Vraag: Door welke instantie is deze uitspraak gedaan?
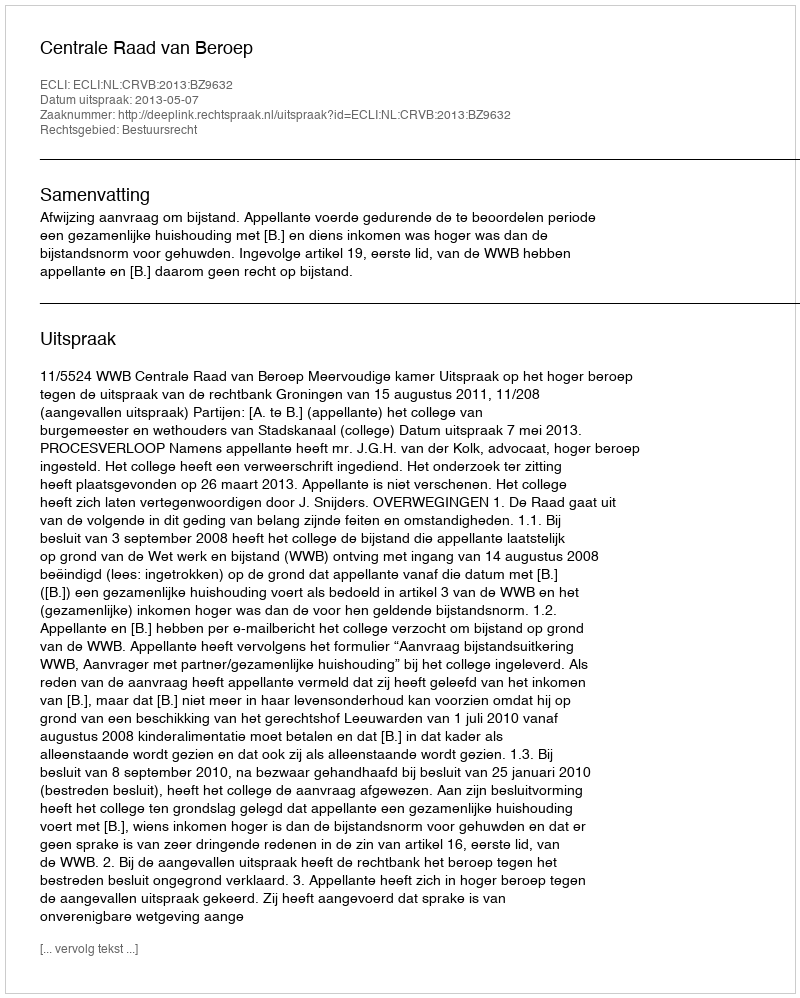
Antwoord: Centrale Raad van Beroep